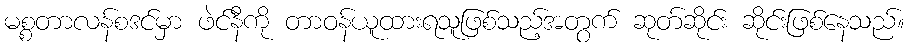
မစ္စတာလန်စဒင်မှာ ဖဲင်နီကို တာဝန်ယူထားရသူဖြစ်သည့်အတွက် ဆုတ်ဆိုင်း ဆိုင်းဖြစ်နေသည်။